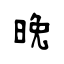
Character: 晩